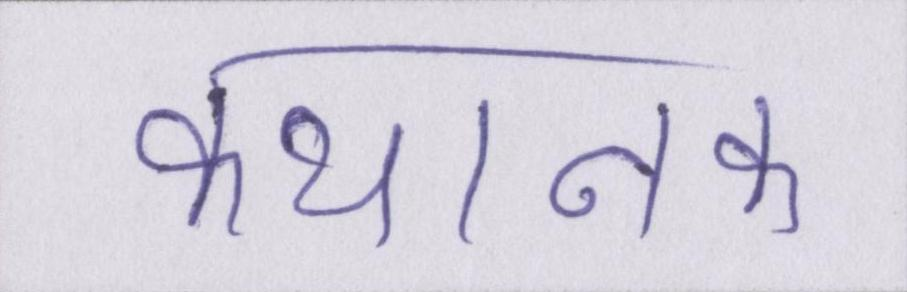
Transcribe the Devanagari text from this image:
कथानक